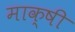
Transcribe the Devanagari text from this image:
माक्षी